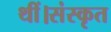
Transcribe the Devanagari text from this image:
थीं।संस्कृत